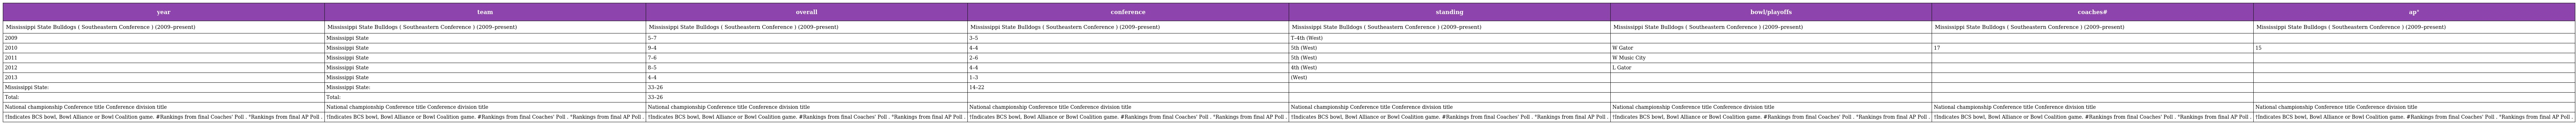
| year | team | overall | conference | standing | bowl/playoffs | coaches# | ap° |
 | --- | --- | --- | --- | --- | --- | --- | --- |
 | Mississippi State Bulldogs ( Southeastern Conference ) (2009–present) | Mississippi State Bulldogs ( Southeastern Conference ) (2009–present) | Mississippi State Bulldogs ( Southeastern Conference ) (2009–present) | Mississippi State Bulldogs ( Southeastern Conference ) (2009–present) | Mississippi State Bulldogs ( Southeastern Conference ) (2009–present) | Mississippi State Bulldogs ( Southeastern Conference ) (2009–present) | Mississippi State Bulldogs ( Southeastern Conference ) (2009–present) | Mississippi State Bulldogs ( Southeastern Conference ) (2009–present) |
 | 2009 | Mississippi State | 5–7 | 3–5 | T–4th (West) |  |  |  |
 | 2010 | Mississippi State | 9–4 | 4–4 | 5th (West) | W Gator | 17 | 15 |
 | 2011 | Mississippi State | 7–6 | 2–6 | 5th (West) | W Music City |  |  |
 | 2012 | Mississippi State | 8–5 | 4–4 | 4th (West) | L Gator |  |  |
 | 2013 | Mississippi State | 4–4 | 1–3 | (West) |  |  |  |
 | Mississippi State: | Mississippi State: | 33–26 | 14–22 |  |  |  |  |
 | Total: | Total: | 33–26 |  |  |  |  |  |
 | National championship Conference title Conference division title | National championship Conference title Conference division title | National championship Conference title Conference division title | National championship Conference title Conference division title | National championship Conference title Conference division title | National championship Conference title Conference division title | National championship Conference title Conference division title | National championship Conference title Conference division title |
 | †Indicates BCS bowl, Bowl Alliance or Bowl Coalition game. #Rankings from final Coaches' Poll . °Rankings from final AP Poll . | †Indicates BCS bowl, Bowl Alliance or Bowl Coalition game. #Rankings from final Coaches' Poll . °Rankings from final AP Poll . | †Indicates BCS bowl, Bowl Alliance or Bowl Coalition game. #Rankings from final Coaches' Poll . °Rankings from final AP Poll . | †Indicates BCS bowl, Bowl Alliance or Bowl Coalition game. #Rankings from final Coaches' Poll . °Rankings from final AP Poll . | †Indicates BCS bowl, Bowl Alliance or Bowl Coalition game. #Rankings from final Coaches' Poll . °Rankings from final AP Poll . | †Indicates BCS bowl, Bowl Alliance or Bowl Coalition game. #Rankings from final Coaches' Poll . °Rankings from final AP Poll . | †Indicates BCS bowl, Bowl Alliance or Bowl Coalition game. #Rankings from final Coaches' Poll . °Rankings from final AP Poll . | †Indicates BCS bowl, Bowl Alliance or Bowl Coalition game. #Rankings from final Coaches' Poll . °Rankings from final AP Poll . |